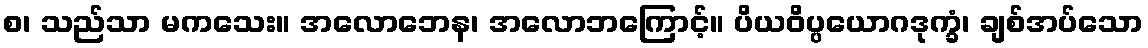
စ၊ သည်သာ မကသေး။ အလောဘေန၊ အလောဘကြောင့်။ ပိယဝိပ္ပယောဂဒုက္ခံ၊ ချစ်အပ်သော